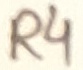
Text: R4